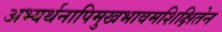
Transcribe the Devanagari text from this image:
अभ्यर्थनापिमुखभावमशिक्षितेन